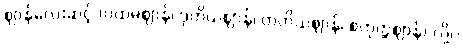
ဈာန်လေးဆင့် (ပထမဈာန်၊ ဒုတိယဈာန်၊ တတိယဈာန်၊ စတုတ္ထဈာန်) လို့ပဲ